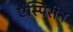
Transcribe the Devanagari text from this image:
ऍस्पिरीन